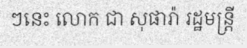
ៗនេះ លោក ជា សុផារ៉ា រដ្ឋមន្ត្រី